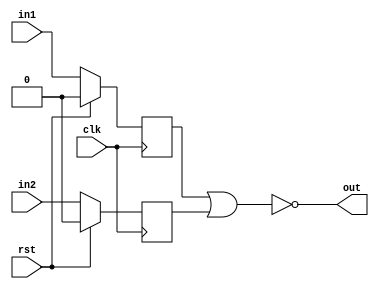
module nor_gate_delay (
    input wire clk,          // Clock signal
    input wire rst,          // Reset signal
    input wire in1,          // Input signal 1
    input wire in2,          // Input signal 2
    output reg out           // Output signal
);

// Synchronization logic
reg in1_sync, in2_sync;
always @(posedge clk) begin
    if (rst) begin
        in1_sync <= 1'b0;
        in2_sync <= 1'b0;
    end else begin
        in1_sync <= in1;
        in2_sync <= in2;
    end
end

// Timing constraints
always @(*) begin
    #10; // Delay of 10 time units
    out = ~(in1_sync | in2_sync);
end

endmodule